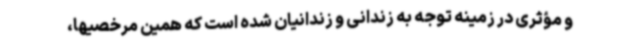
و مؤثری در زمینه توجه به زندانی و زندانیان شده است که همین مرخصیها،